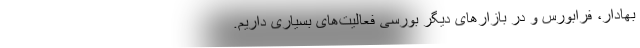
بهادار، فرابورس و در بازارهای دیگر بورسی فعالیت‌های بسیاری داریم.